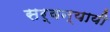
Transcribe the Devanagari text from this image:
सर्वन्यायी